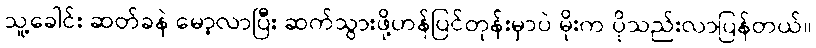
သူ့ခေါင်း ဆတ်ခနဲ မော့လာပြီး ဆက်သွားဖို့ဟန်ပြင်တုန်းမှာပဲ မိုးက ပိုသည်းလာပြန်တယ်။